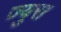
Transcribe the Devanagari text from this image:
ज्युरा